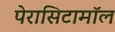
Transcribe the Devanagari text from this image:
पेरासिटामॉल